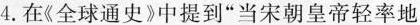
4.在《全球通史》中提到”当宋朝皇帝轻率地